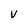
Character: V